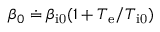
\beta _ { 0 } \doteq \beta _ { \mathrm { i 0 } } ( 1 + T _ { \mathrm { e } } / T _ { \mathrm { i 0 } } )